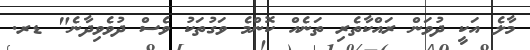
މާލެ އަކީ ދުވަން ރައްކާތެރި ތަނެއް ކޮންމެ ވަގުތަކު ވެސް ދުވެވިދާނެ" ޑރ.